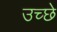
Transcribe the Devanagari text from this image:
उच्छे